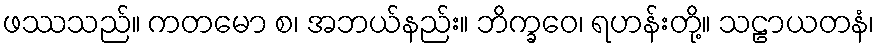
ဖဿသည်။ ကတမော စ၊ အဘယ်နည်း။ ဘိက္ခဝေ၊ ရဟန်းတို့။ သဠာယတနံ၊